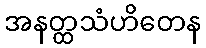
အနတ္ထသံဟိတေန